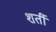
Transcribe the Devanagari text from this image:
शर्ती